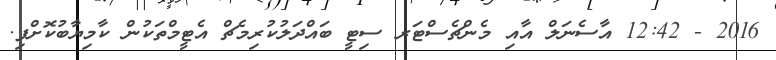
2016 - 12:42 އާސެނަލް އާއި މެންޗެސްޓަރ ސިޓީ ބައްދަލުކުރިމެޗް އެޓީމްތަކުން ކާމިޔާބުކޮށްފި.